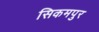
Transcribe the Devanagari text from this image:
सिकमपुर